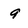
Character: 9